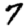
Digit: 7